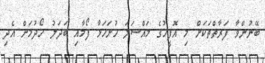
ބޭނުންވާ ފަރާތްތަކަށް މި އޮފީހުގެ މައްސަލަ ހުށަހަޅާ ފޯމާއި ބަދަލު ހޯދުމަށް އެދި